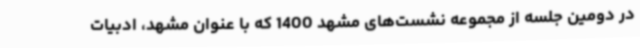
در دومین جلسه از مجموعه نشست‌های مشهد 1400 که با عنوان مشهد، ادبیات